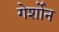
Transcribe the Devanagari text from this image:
गेर्शोन